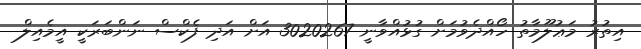
އިތުރު މަޢުލޫމާތު ހޯއްދެވުމަށް ގުޅުއްވާނީ 3020267 އަށް އަދި ފެކްސް ނަންބަރަކީ އީމެއިލް